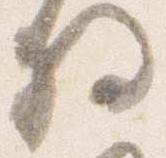
将